Vaccination in Bombay 1863-1868 - 1863-1868
Year: 1863
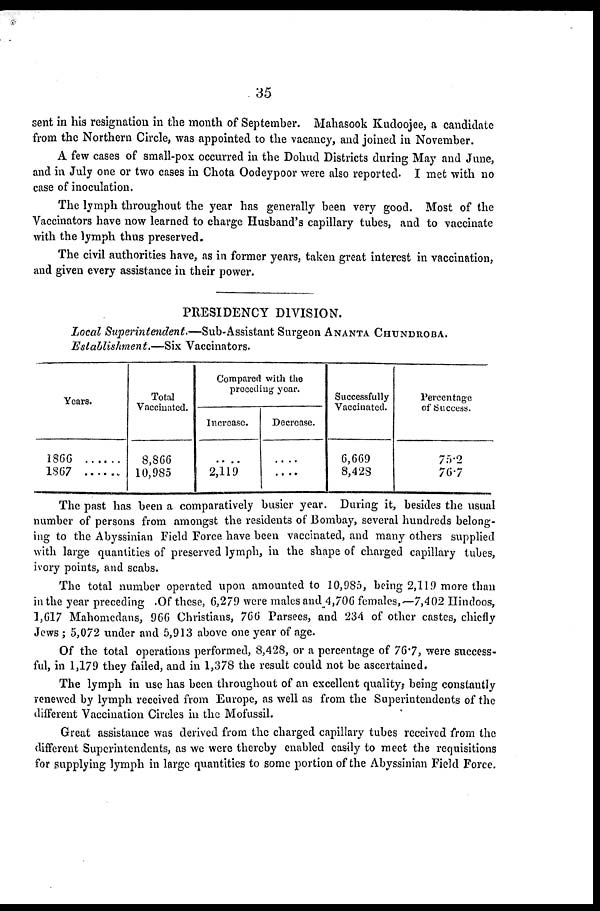
35
sent in his resignation in the month of September. Mahasook Kudoojee, a candidate
from the Northern Circle, was appointed to the vacancy, and joined in November.
A few cases of small-pox occurred in the Dohud Districts during May and June,
and in July one or two cases in Chota Oodeypoor were also reported. I met with no
case of inoculation.
The lymph throughout the year has generally been very good. Most of the
Vaccinators have now learned to charge Husband's capillary tubes, and to vaccinate
with the lymph thus preserved.
The civil authorities have, as in former years, taken great interest in vaccination,
and given every assistance in their power.
PRESIDENCY DIVISION.
Local Superintendent.—Sub-Assistant Surgeon ANANTA CHUNDROBA.
Establishment.—Six Vaccinators.
Years.
1866 ...........
1867 ...........
Total
Vaccinated.
8,866
10,985
Compared with the
preceding year.
Increase.
....
2,119
Decrease.
....
....
Successfully
Vaccinated.
6,669
8,428
Percentage
of Success.
75.2
76.7
The past has been a comparatively busier year. During it, besides the usual
number of persons from amongst the residents of Bombay, several hundreds belong-
ing to the Abyssinian Field Force have been vaccinated, and many others supplied
with large quantities of preserved lymph, in the shape of charged capillary tubes,
ivory points, and scabs.
The total number operated upon amounted to 10,985, being 2,119 more than
in the year preceding .Of these, 6,279 were males and 4,706 females,—7,402 Hindoos,
1,617 Mahomedans, 966 Christians, 766 Parsees, and 234 of other castes, chiefly
Jews ; 5,072 under and 5,913 above one year of age.
Of the total operations performed, 8,428, or a percentage of 76.7, were success-
ful, in 1,179 they failed, and in 1,378 the result could not be ascertained.
The lymph in use has been throughout of an excellent quality, being constantly
renewed by lymph received from Europe, as well as from the Superintendents of the
different Vaccination Circles in the Mofussil.
Great assistance was derived from the charged capillary tubes received from the
different Superintendents, as we were thereby enabled easily to meet the requisitions
for supplying lymph in large quantities to some portion of the Abyssinian Field Force.